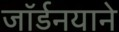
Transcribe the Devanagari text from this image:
जॉर्डनयाने